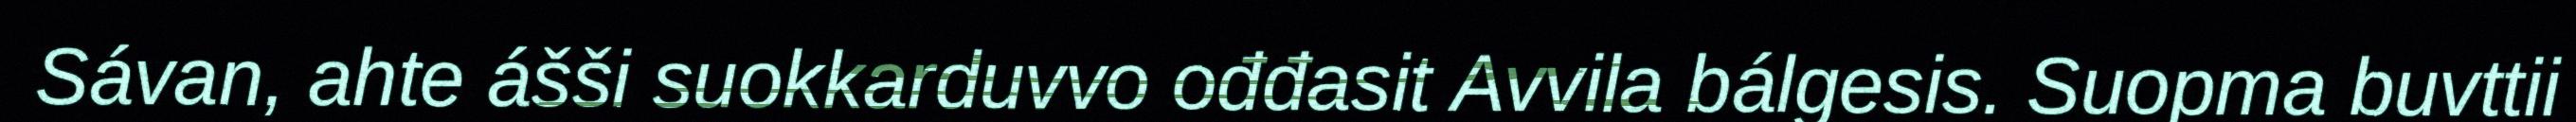
Sávan, ahte ášši suokkarduvvo ođđasit Avvila bálgesis. Suopma buvttii